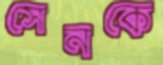
সেনকে